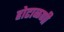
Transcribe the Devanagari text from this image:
होटाळणी